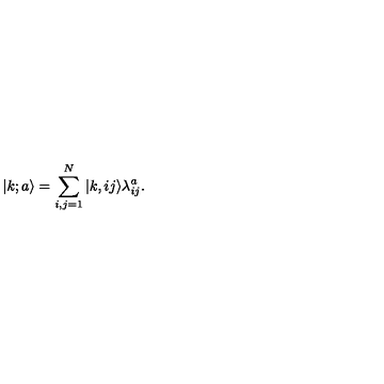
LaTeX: | k ; a \rangle = \sum _ { i , j = 1 } ^ { N } | k , i j \rangle \lambda _ { i j } ^ { a } .